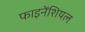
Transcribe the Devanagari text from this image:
फाइनेंशियल